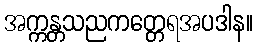
အက္ကန္တသညကတ္တေရအပဒါန။